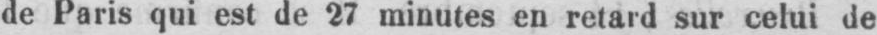
de Paris qui est de 27 minutes en retard sur celui de